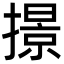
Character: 撔